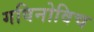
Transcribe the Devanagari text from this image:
गविनोविच